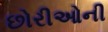
છોરીઓની